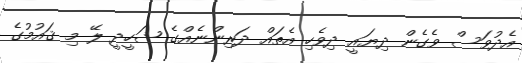
އެދުވަސް ވެގެން ދިޔައީ ދިވެހި އެތައް ދަރިންނެއްގެ ޝަހީދީ ލޭ މި ޤައުމުގެ